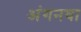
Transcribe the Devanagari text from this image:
अंगनवा